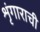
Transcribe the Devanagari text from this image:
शृंगाराची